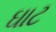
ઘાટ